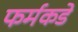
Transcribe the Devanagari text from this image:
फर्मकडे